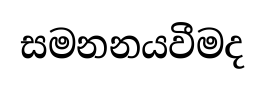
සමනනයවීමද